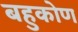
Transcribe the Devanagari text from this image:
बहुकोण